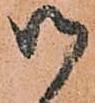
御